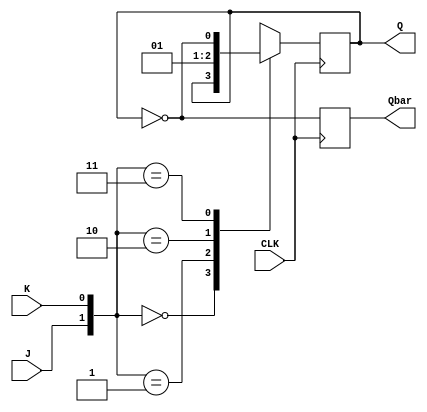
module JK_flipflop(J, K, CLK, Q, Qbar);
  
  input J, K, CLK;
  output reg Q, Qbar;
  
  initial Q = 0;
  
  always@(posedge CLK)
    begin
      case({J,K})
        2'b00 : Q <= Q;
        2'b01 : Q <= 0;
        2'b10 : Q <= 1;
        2'b11 : Q <= ~Q;
      endcase 
      Qbar = ~Q;
    end
  
endmodule